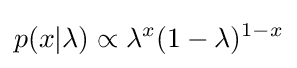
p(x|\lambda )\propto \lambda ^{x}(1-\lambda )^{1-x}